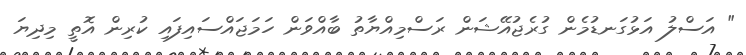
" އަސްލު އަޅުގަނޑުމެން ގުރެޖުއޭޝަން ރަސްމިއްޔާތު ބާއްވަން ހަަމަޖައްސައިފައި ކުރިން އޮތީ މިދިޔަ